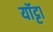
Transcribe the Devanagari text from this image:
यॉट्टा